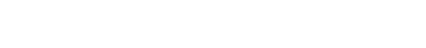
အာဂစ္ဆတိ၊ လာပြန်ပေလတ္တံ့။ ဣတိမညမာနာ၊ ဤသို့မှတ်ထင်ကုန်၍။ ပုတ္တ၊ သားမောင်။